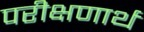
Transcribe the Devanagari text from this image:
परीक्षणार्थ